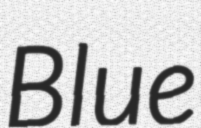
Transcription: Blue